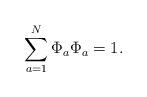
LaTeX: \begin{align*}\sum_{ {a }=1}^{ N} \Phi_{a} \Phi_{a} =1.\end{align*}